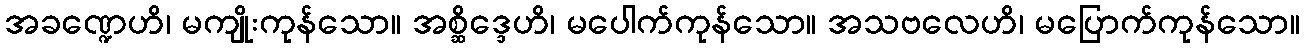
အခဏ္ဍေဟိ၊ မကျိုးကုန်သော။ အစ္ဆိဒ္ဒေဟိ၊ မပေါက်ကုန်သော။ အသဗလေဟိ၊ မပြောက်ကုန်သော။